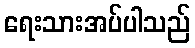
ရေးသားအပ်ပါသည်